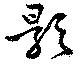
影